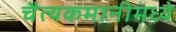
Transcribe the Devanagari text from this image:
चैत्यकमानीमध्ये